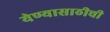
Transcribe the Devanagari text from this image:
येण्यासाठीची